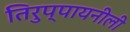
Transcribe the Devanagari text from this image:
तिरुप्पायनीली